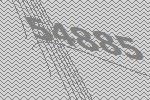
54885